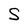
Character: S